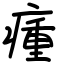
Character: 瘇